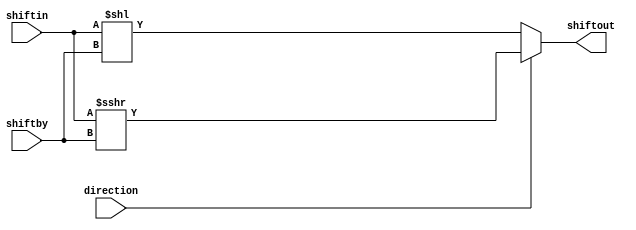
module barrel_shift (
    direction,
    shiftin,
    shiftby,
    shiftout
);

// 1 means right shift, 0 means left shift
input direction;
input signed [25:0] shiftin;
input [4:0] shiftby;
output reg signed [25:0] shiftout;

always @(*) begin
    if (direction == 1) begin
        shiftout = shiftin >>> shiftby;
    end else begin
        shiftout = shiftin << shiftby;
    end
end

endmodule